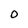
Character: 0